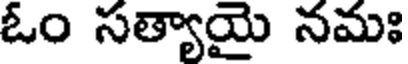
ఓం సత్యాయై నమః